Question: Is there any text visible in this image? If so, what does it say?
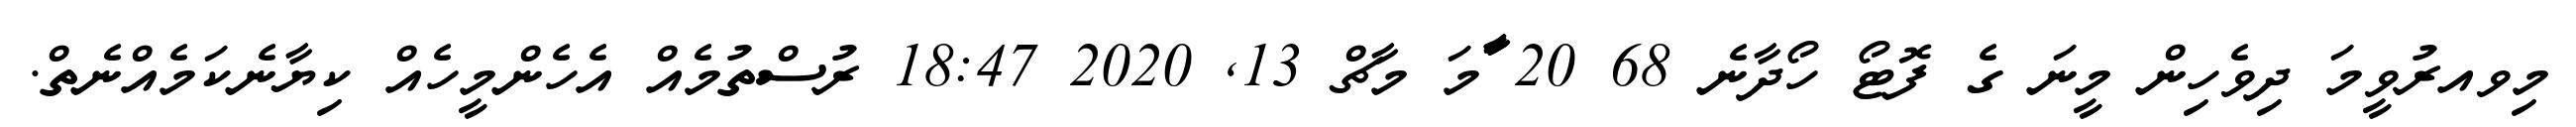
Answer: މިވއރުވީމަ ދިވެހިން މީނަ ގެ ފޮޓޯ ހޯދާނެ 68 20 ާަާމަ މާޗް 13, 2020 18:47 ރުސްތުމެއް އެހެންމީހެއް ކިޔާނެކަމެއްނެތް.